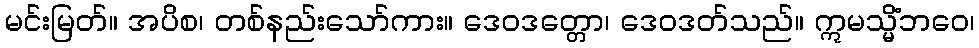
မင်းမြတ်။ အပိစ၊ တစ်နည်းသော်ကား။ ဒေဝဒတ္တော၊ ဒေဝဒတ်သည်။ ဣမသ္မိံဘဝေ၊